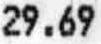
29.69